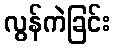
လွန်ကဲခြင်း